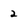
Character: 2